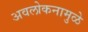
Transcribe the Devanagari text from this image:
अवलोकनामुळे